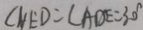
\angle N E D = \angle A D E = 3 0 ^ { \circ }